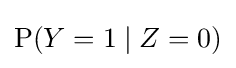
\mathrm {P} (Y=1\mid Z=0)